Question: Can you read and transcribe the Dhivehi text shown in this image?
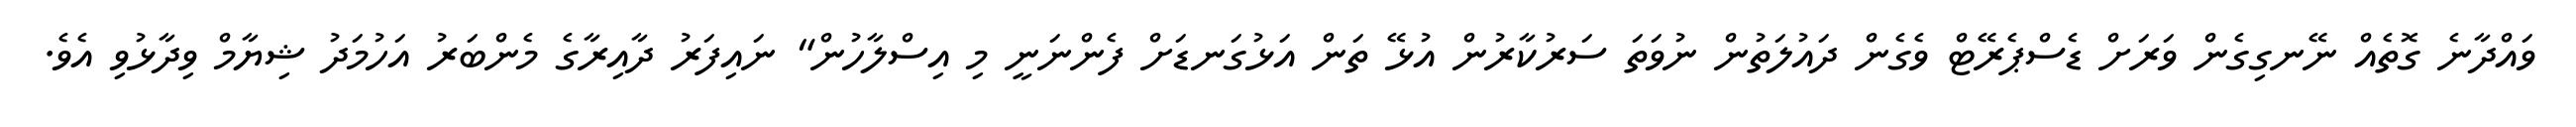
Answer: ވައްދާނެ ގޮތެއް ނޭނގިގެން ވަރަށް ޑެސްޕެރޭޓް ވެގެން ދައުލަތުން ނުވަތަ ސަރުކާރުން އުޅޭ ތަން އަޅުގަނޑަށް ފެންނަނީ މި އިސްލާހުން" ނައިފަރު ދާއިރާގެ މެންބަރު އަހުމަދު ޝިޔާމް ވިދާޅުވި އެވެ.